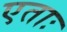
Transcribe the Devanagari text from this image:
एताः